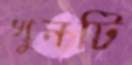
খুনটি